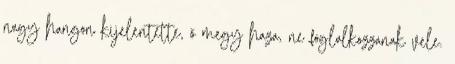
nagy hangon kijelentette, ő megy haza, ne foglalkozzanak vele.